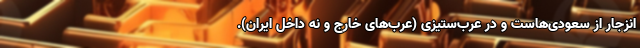
انزجار از سعودی‌هاست و در عرب‌ستیزی (عرب‌های خارج و نه داخل ایران).